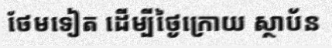
ថែមទៀត ដើម្បីថ្ងៃក្រោយ ស្ថាប័ន